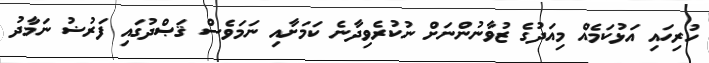
ހުރިހައި އަޅުކަމެއް މިއަދުގެ ޒުވާނުންނަށް ނުކުރެވިދާނެ ކަމަށާއި ނަމަވެސް ޤަޞްދުގައި ފަރުޟު ނަމާދު